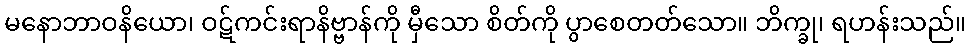
မနောဘာဝနိယော၊ ဝဋ်ကင်းရာနိဗ္ဗာန်ကို မှီသော စိတ်ကို ပွာစေတတ်သော။ ဘိက္ခု၊ ရဟန်းသည်။